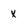
Character: x